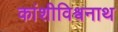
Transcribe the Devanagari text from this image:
कांशीविश्वनाथ